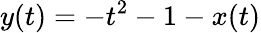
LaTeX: y(t)=-t^{2}-1-x(t)